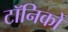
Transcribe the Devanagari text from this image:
टॉनिकों